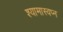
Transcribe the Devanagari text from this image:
श्यामास्वप्न